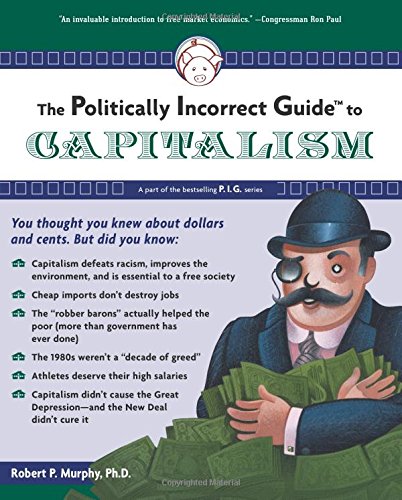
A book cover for The Politically Incorrect Guide to Capitalism; Robert P. Murphy; Business & Money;